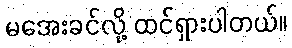
မအေးခင်လို့ ထင်ရှားပါတယ်။